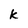
Character: k